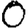
Digit: 0